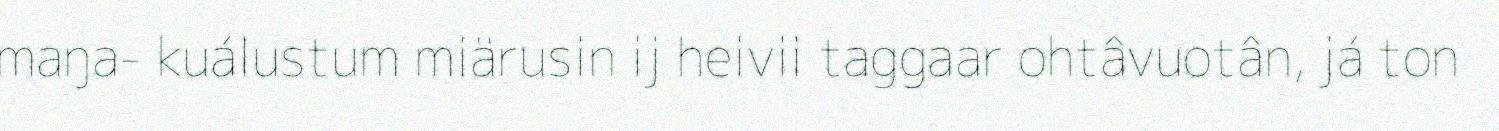
maŋa- kuálustum miärusin ij heivii taggaar ohtâvuotân, já ton